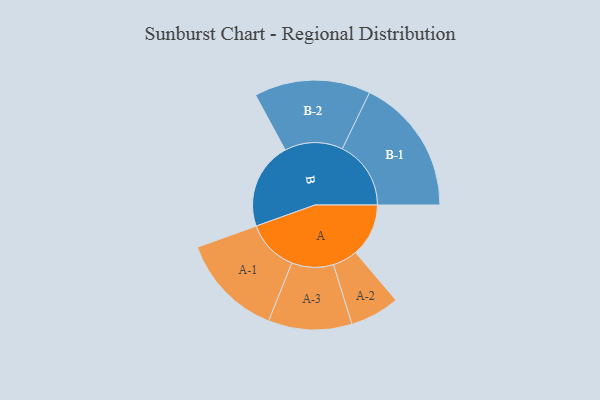
{"axis": {"x": "Segment", "y": "Value"}, "legend": ["", "A", "B"], "data": [{"x": "A", "y": 231, "type": ""}, {"x": "B", "y": 379, "type": ""}, {"x": "A-1", "y": 226, "type": "A"}, {"x": "A-2", "y": 108, "type": "A"}, {"x": "A-3", "y": 182, "type": "A"}, {"x": "B-1", "y": 299, "type": "B"}, {"x": "B-2", "y": 253, "type": "B"}]}